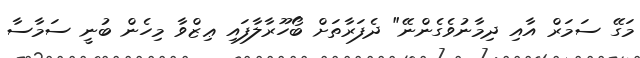
މަގޭ ސަމަރް އާއި ދިމާނުވެގެންނޭ" ދެފަރާތަށް ބޯހޫރާލާފައި ޢިޒްވާ މިހެން ބުނީ ސަމާސާ